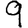
Digit: 9